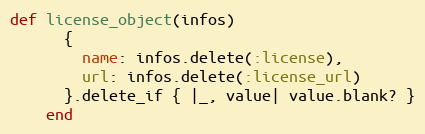
Language: Ruby
def license_object(infos)
      {
        name: infos.delete(:license),
        url: infos.delete(:license_url)
      }.delete_if { |_, value| value.blank? }
    end